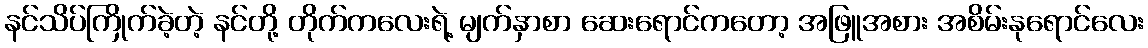
နင်သိပ်ကြိုက်ခဲ့တဲ့ နင်တို့ တိုက်ကလေးရဲ့ မျက်နှာစာ ဆေးရောင်ကတော့ အဖြူအစား အစိမ်းနုရောင်လေး